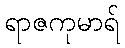
ရာဇကုမာရ်